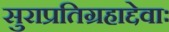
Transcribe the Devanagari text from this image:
सुराप्रतिग्रहाद्देवाः